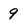
Character: 9